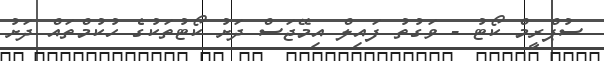
ސުޕްރީމް ކޯޓު - ވަގުތު ފައިލް އިމޭޖަސް ދަށު ކޯޓުތަކުގެ ހުކުމްތައް ދަށު